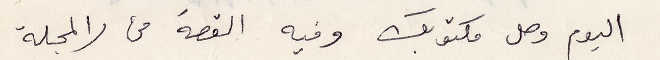
اليوم وصل مكتوب وفيه القصة من المجلة